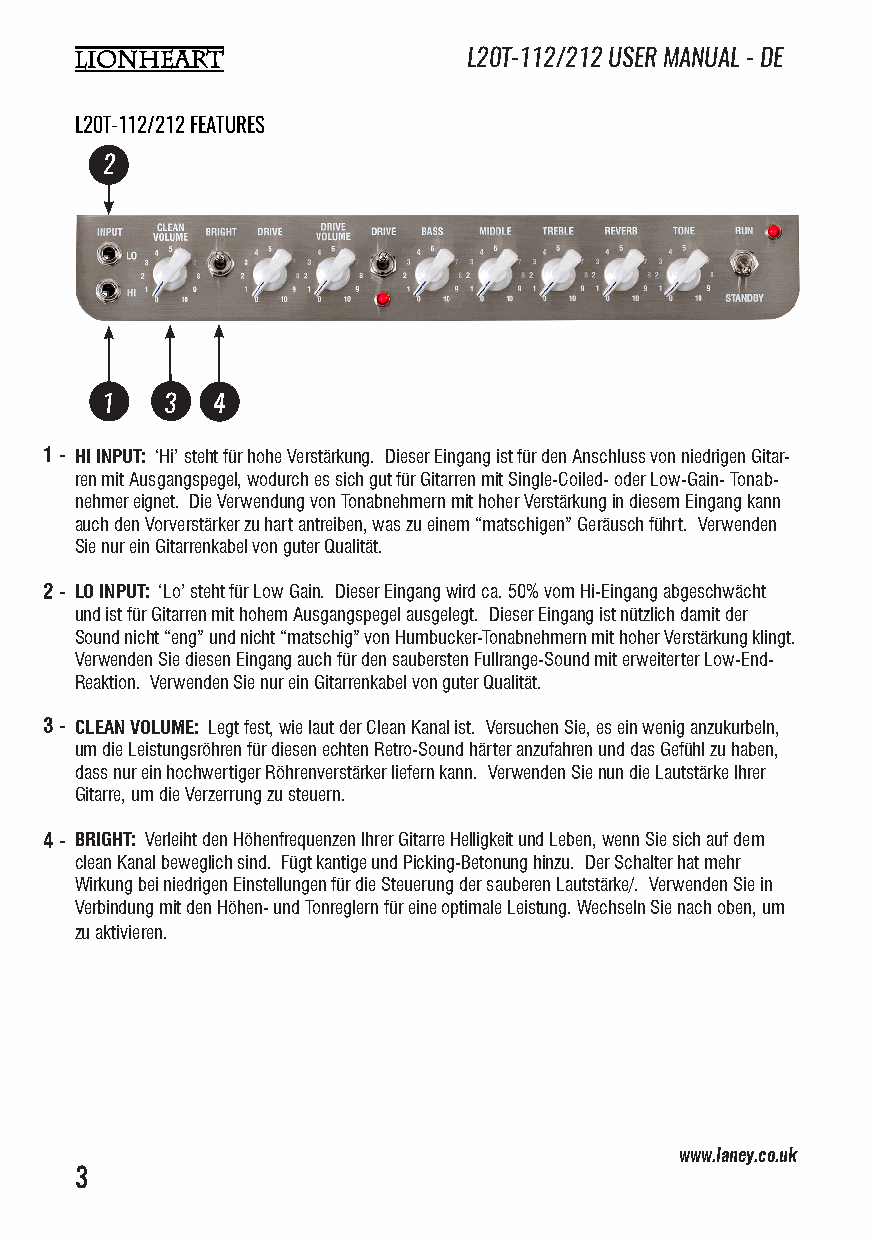
L20T-112/212 USER MANUAL - DE
 L20T-112/212 FEATURES
 2
 1   3  4
 1 - HI INPUT: ‘Hi’ steht für hohe Verstärkung. Dieser Eingang ist für den Anschluss von niedrigen Gitar-
 ren mit Ausgangspegel, wodurch es sich gut für Gitarren mit Single-Coiled- oder Low-Gain- Tonab-
 nehmer eignet. Die Verwendung von Tonabnehmern mit hoher Verstärkung in diesem Eingang kann
 auch den Vorverstärker zu hart antreiben, was zu einem “matschigen” Geräusch führt. Verwenden
 Sie nur ein Gitarrenkabel von guter Qualität.
 2 - LO INPUT: ‘Lo’ steht für Low Gain. Dieser Eingang wird ca. 50% vom Hi-Eingang abgeschwächt
 und ist für Gitarren mit hohem Ausgangspegel ausgelegt. Dieser Eingang ist nützlich damit der
 Sound nicht “eng” und nicht “matschig” von Humbucker-Tonabnehmern mit hoher Verstärkung klingt.
 Verwenden Sie diesen Eingang auch für den saubersten Fullrange-Sound mit erweiterter Low-End-
 Reaktion. Verwenden Sie nur ein Gitarrenkabel von guter Qualität.
 3 - CLEAN VOLUME: Legt fest, wie laut der Clean Kanal ist. Versuchen Sie, es ein wenig anzukurbeln,
 um die Leistungsröhren für diesen echten Retro-Sound härter anzufahren und das Gefühl zu haben,
 dass nur ein hochwertiger Röhrenverstärker liefern kann. Verwenden Sie nun die Lautstärke Ihrer
 Gitarre, um die Verzerrung zu steuern.
 4 - BRIGHT: Verleiht den Höhenfrequenzen Ihrer Gitarre Helligkeit und Leben, wenn Sie sich auf dem
 clean Kanal beweglich sind. Fügt kantige und Picking-Betonung hinzu. Der Schalter hat mehr
 Wirkung bei niedrigen Einstellungen für die Steuerung der sauberen Lautstärke/. Verwenden Sie in
 Verbindung mit den Höhen- und Tonreglern für eine optimale Leistung. Wechseln Sie nach oben, um
 zu aktivieren.
 www.laney.co.uk                              www.laney.co.uk
 3